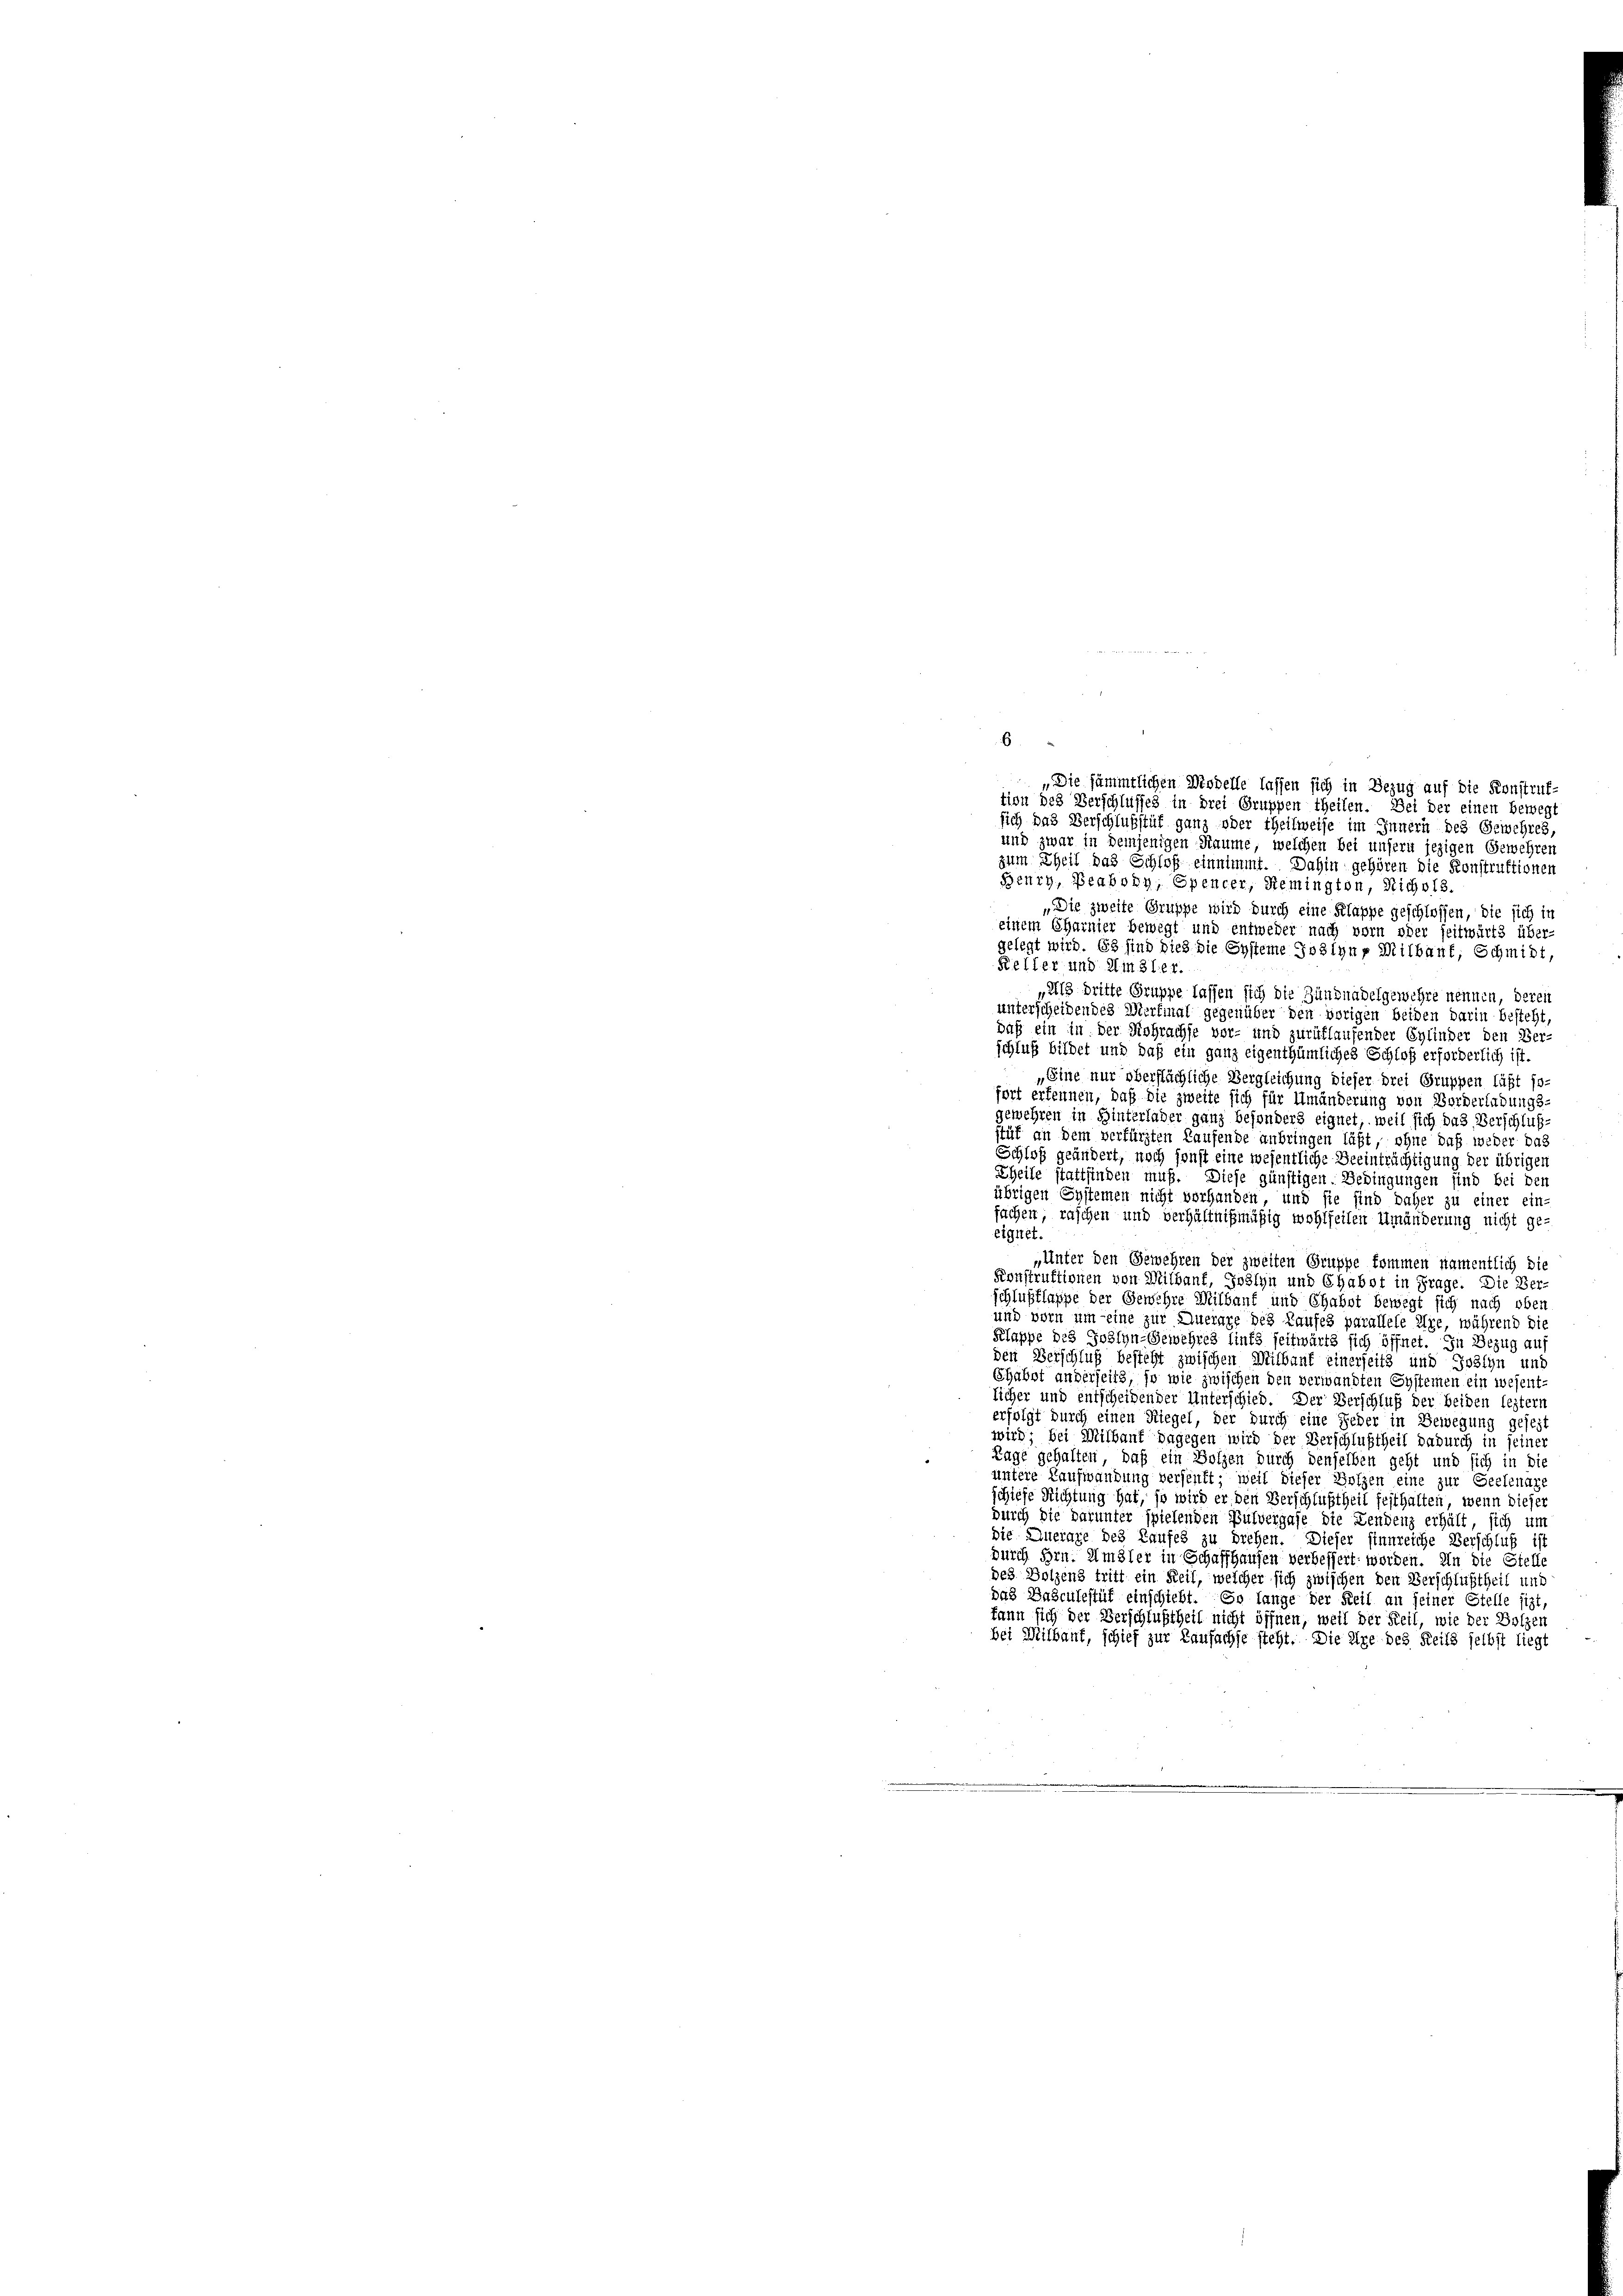
6

„Die sämmtlichen Modelle lassen sich in Bezug auf die Konstruf-
tion des Verschlusses in drei Gruppen theilen. Bei der einen bewegt
sich das Verschlußstuf ganz oder theilweise im Innern des Gewehres,
und zwar in demjenigen Räume, welchen bei unsern jezigen Gewehren
zum Theil das Schloß einnimmt. Dahin gehören die Konstruktionen
Beury, Beabony, Spencer, Remington, Nichols.
„Die zweite Gruppe wird durch eine Klappe geschlossen, die sich in
einem Charnier bewegt und entweder nach vorn oder seitwärts über-
gelegt wird. Es sind dies die Systeme Joslyn, Mitbaut, Schmidt,
Keller und Amsler.
„Als dritte Gruppe lassen sich die Zündnadelgewehre nennen, deren
unterscheidendes Merkmal gegenüber den vorigen beiden darin besteht,
daß ein in der Rohrachse vor- und zurüflaufender Eylinder den Ber-
schluß bildet und daß ein ganz eigenthümliches Schloß erforderlich ist.
„Eine nur oberflächliche Vergleichung dieser drei Gruppen läßt so-
fort erkennen, daß die zweite sich für Umänderung von Borderladungs-
gewehren in Hinterlader ganz besonders eignet, weil sich das Verschluß-
stät an dem verfürsten Laufende anbringen läßt, ohne daß weder das
Schloß geändert, noch sonst eine wesentliche Beeinträchtigung der übrigen
Theile stattfinden muß. Diese günstigen Bedingungen sind bei den
übrigen Systemen nicht vorhanden, und sie sind daher zu einer ein-
fachen, raschen und verhältnißmäßig wohlfeilen Umänderung nicht geeignet.
„Unter den Gewehren der zweiten Gruppe kommen namentlich die
Konstruktionen von Mithauf, Joslyn und Chabst in Frage. Die Ber-
schlußflasse der Gewehre Millauf und Chabot bewegt sich nach ober
und vorn um eine zur Querage des Laufes parallele Ure, während die
Klappe des Johlyn-Gewehres lints seitwärts sich öffnet. In Bezug au
den Verschluß besteht zwischen Mithauf einerseits und Joseyn und
Chabot anderseits, so wie zwischen den verwandten Systemen ein wesent-
licher und entscheidender Unterschied. Der Verschluß der beiden leztern
erfolgt durch einen Riegel, der durch eine jeder in Bewegung gesezt
111
bei Mithauf dagegen wird der Verschlußtheil dadurch in seine
Tage gehalten, daß ein Holzen durch denselben geht und sich in die
untere Kaufwandung versenkt; weil dieser Holzen eine zur Seelenage
schiefe Richtung hat, so wird er den Verschlußtheit festhalten, wenn diejen
durch die darunter spielenden Pulvergafe die Lendenz erhält, sich um
die Auerage des Kaufes zu drehen. Dieser sinnreiche Verschluß ist
durch Hrn. Amsler in Schaffhausen verbessert worden. In die Stelle
des Holzens tritt ein Reil, welcher sich zwischen den Verschlußtheil und
das Basculestuf einschiebt. So lange der Reit an seiner Stelle sizt,
kann sich der Verschlußtheit nicht öffnen, weil der Teil, wie der Holzen
bei Milbaut, schief zur Kaufachse steht. Die eige des Heils selbst liegt